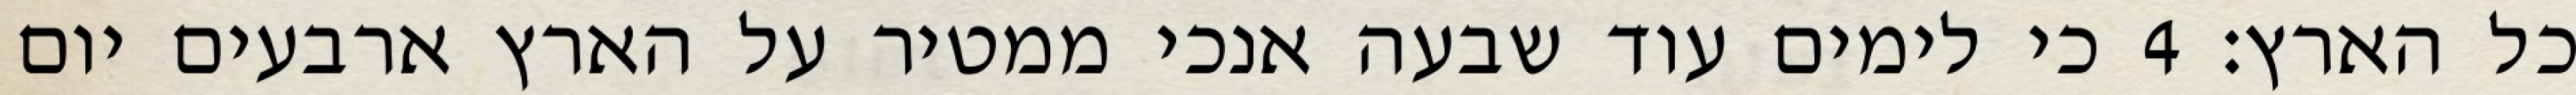
כל הארץ׃ ‎4‏ כי לימים עוד שבעה אנכי ממטיר על הארץ ארבעים יום